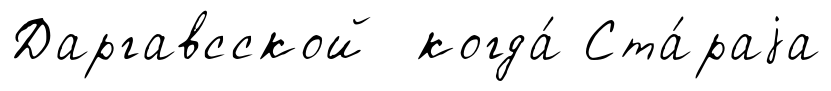
Даргавсской когда́ Ста́раjа